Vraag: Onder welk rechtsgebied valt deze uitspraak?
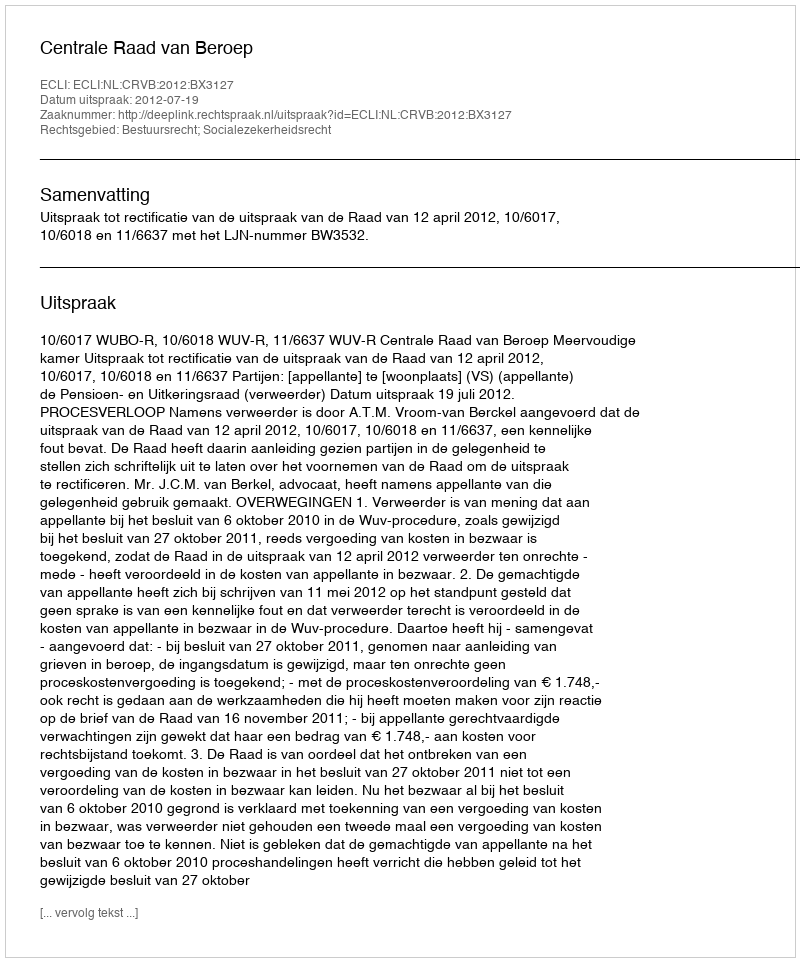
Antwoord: Bestuursrecht; Socialezekerheidsrecht